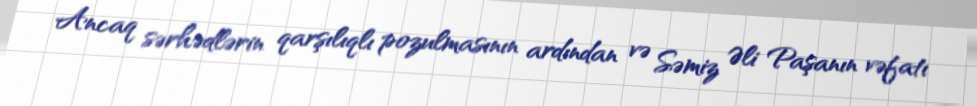
Ancaq sərhədlərin qarşılıqlı pozulmasının ardından və Səmiz Əli Paşanın vəfatı